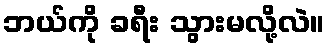
ဘယ်ကို ခရီး သွားမလို့လဲ။